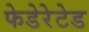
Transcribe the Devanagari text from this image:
फेडेरेटेड